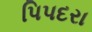
પિપદરા